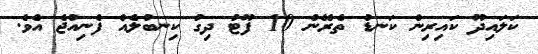
ކަލައިދޫ ކައިރިން ކަނޑު ތެރޭން 10 ފޫޓު ދިގު ކިނބުލެއް ފެނިއްޖެ އެވެ.